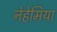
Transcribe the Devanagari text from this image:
नेहेमिया